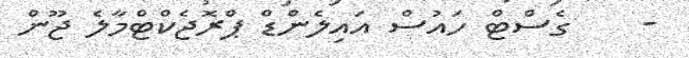
-    ގެސްޓް ހައުސް އައިލެންޑް ޕްރޮޖެކްޓްމާލެ ޖޫން